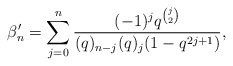
\begin{align*} \beta'_n = \sum_{j=0}^n \frac{(-1)^jq^{\binom{j}{2}}}{(q)_{n-j}(q)_{j}(1-q^{2j+1})}, \end{align*}